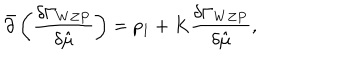
{ \bar { \partial } } \left( { \frac { \delta \Gamma _ { W Z P } } { \delta { \hat { \mu } } } } \right) = p _ { 1 } + K { \frac { \delta \Gamma _ { W Z P } } { \delta { \hat { \mu } } } } ,